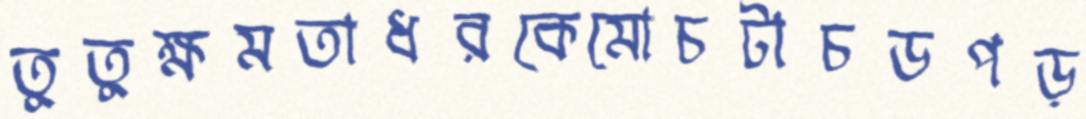
তুতুক্ষমতাধরকেমোচটাচডপড়